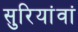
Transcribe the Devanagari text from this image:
सुरियांवां